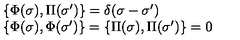
\begin{array} { l l } { \{ \Phi ( \sigma ) , \Pi ( \sigma ^ { \prime } ) \} = \delta ( \sigma - \sigma ^ { \prime } ) } \\ { \{ \Phi ( \sigma ) , \Phi ( \sigma ^ { \prime } ) \} = \{ \Pi ( \sigma ) , \Pi ( \sigma ^ { \prime } ) \} = 0 } \\ \end{array}